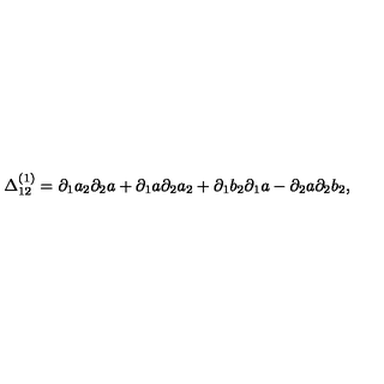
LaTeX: \Delta _ { 1 2 } ^ { ( 1 ) } = \partial _ { 1 } a _ { 2 } \partial _ { 2 } a + \partial _ { 1 } a \partial _ { 2 } a _ { 2 } + \partial _ { 1 } b _ { 2 } \partial _ { 1 } a - \partial _ { 2 } a \partial _ { 2 } b _ { 2 } ,